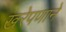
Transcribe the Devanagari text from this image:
खरेपणाने